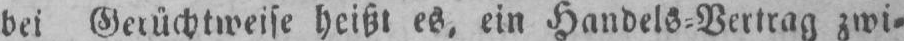
bei Gerüchtweise heißt es, ein Handels⸗Vertrag zwi⸗